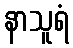
နာသူရံ